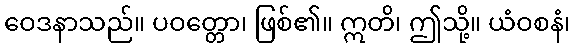
ဝေဒနာသည်။ ပဝတ္တော၊ ဖြစ်၏။ ဣတိ၊ ဤသို့။ ယံဝစနံ၊